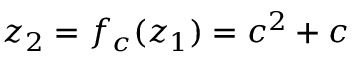
z _ { 2 } = f _ { c } ( z _ { 1 } ) = c ^ { 2 } + c